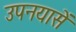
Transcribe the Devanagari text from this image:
उपनयासें